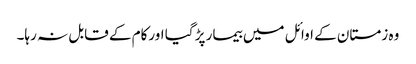
وہ زمستان کے اوائل میں بیمار پڑ گیا اورکام کے قابل نہ رہا۔